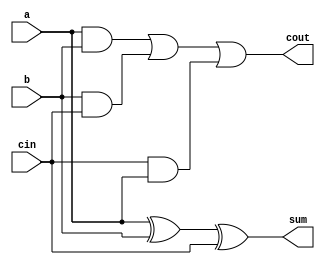
module FA(
    input a,b,cin,
    output cout, sum);
    assign sum = a^b^cin;
    assign cout = a&b|b&cin|cin&a;
endmodule

module top_module( 
    input [2:0] a, b,
    input cin,
    output [2:0] cout,
    output [2:0] sum );
    wire wire1,wire2;
    FA FA1(a[0],b[0],cin,cout[0],sum[0]);
    FA FA2(a[1],b[1],cout[0],cout[1],sum[1]);
    FA FA3(a[2],b[2],cout[1],cout[2],sum[2]);
endmodule